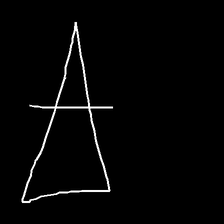
Glyph: empower